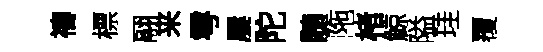
禱標翮来雩屢陀髄陁楮鯨隘珪覆